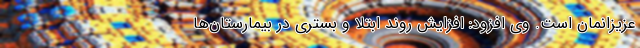
عزیزانمان است. وی افزود: افزایش روند ابتلا و بستری در بیمارستان‌ها